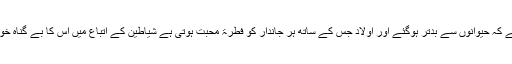
بت پرستی کی شامت سے وہ ایسے فسادِ عقل میں مبتلا ہوئے کہ حیوانوں سے بدتر ہوگئے اور اولاد جس کے ساتھ ہر جاندار کو فطرۃً محبت ہوتی ہے شیاطین کے اتباع میں اس کا بے گناہ خون کرنا اُنہوں نے گوارا کیا اور اس کو اچھا سمجھنے لگے۔